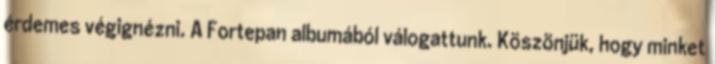
érdemes végignézni. A Fortepan albumából válogattunk. Köszönjük, hogy minket